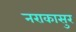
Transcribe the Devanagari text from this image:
नराकासुर